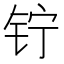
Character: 𬬾